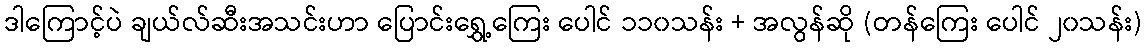
ဒါကြောင့်ပဲ ချယ်လ်ဆီးအသင်းဟာ ပြောင်းရွှေ့ကြေး ပေါင် ၁၁၀သန်း + အလွန်ဆို (တန်ကြေး ပေါင် ၂၀သန်း)